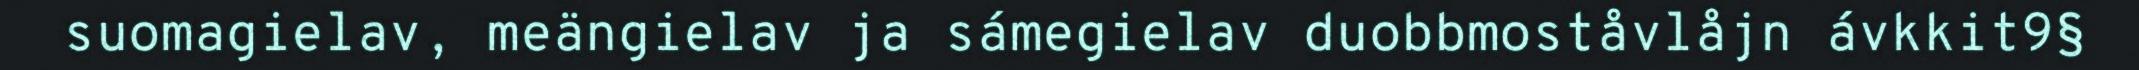
suomagielav, meängielav ja sámegielav duobbmoståvlåjn ávkkit9§